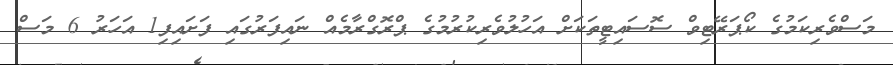
މަސްވެރިކަމުގެ ކޯޕަރޭޓިވް ސޮސައިޓީތަކަށް އަހުލުވެރިކުރުމުގެ ޕްރޮގްރާމެއް ނައިފަރުގައި ފަށައިފި1 އަހަރު 6 މަސް